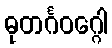
ဓုတင်္ဂဝဂ္ဂေါ